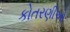
કોતરણીઓ